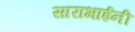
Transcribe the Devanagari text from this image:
साराभाईनी